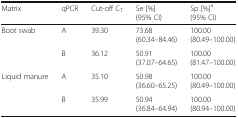
| Matrix | qPCR | Cut-off CT | Se [%](95% CI) | Sp [%]a(95% CI) |
 | --- | --- | --- | --- | --- |
 | <ROWSPAN=2> Boot swab | A | 39.30 | 73.68(60.34–84.46) | 100.00(80.49–100.00) |
 | B | 36.12 | 50.91(37.07–64.65) | 100.00(81.47–100.00) |
 | <ROWSPAN=2> Liquid manure | A | 35.10 | 50.98(36.60–65.25) | 100.00(80.49–100.00) |
 | B | 35.99 | 50.94(36.84–64.94) | 100.00(80.94–100.00) |